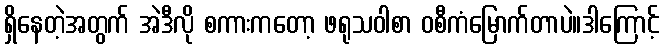
ရှိနေတဲ့အတွက် အဲဒီလို စကားကတော့ ဖရုသဝါစာ ဝစီကံမြောက်တာပဲ။ဒါကြောင့်